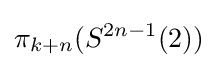
\pi _{k+n}(S^{2n-1}(2))